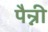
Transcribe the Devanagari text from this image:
पैन्नी